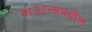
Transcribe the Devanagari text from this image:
माउंटन्समधील